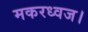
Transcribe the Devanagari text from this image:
मकरध्वज।